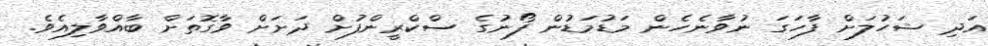
އަދި ޝަހުލަށް ފާހަގަ ނުވާނެހެން މަޑުމަޑުން ފޯނުގެ ސްކްރީންފުށް ދަށަށް ވާގޮތަށް ބާއްވާލިއެވެ.